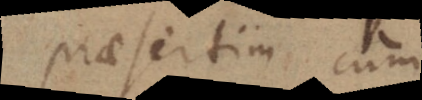
praesertim cum